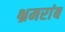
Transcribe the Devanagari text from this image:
भ्रमरांब